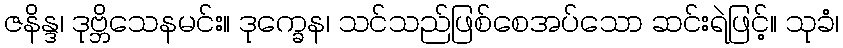
ဇနိန္ဒ၊ ဒုဗ္ဘိသေနမင်း။ ဒုက္ခေန၊ သင်သည်ဖြစ်စေအပ်သော ဆင်းရဲဖြင့်။ သုခံ၊